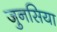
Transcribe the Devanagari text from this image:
जुनसिया